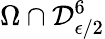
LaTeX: \Omega\cap\mathcal{D}_{\epsilon/2}^{6}